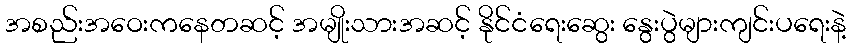
အစည်းအဝေးကနေတဆင့် အမျိုးသားအဆင့် နိုင်ငံရေးဆွေး နွေးပွဲများကျင်းပရေးနဲ့